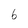
Character: 6